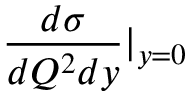
\frac { d \sigma } { d Q ^ { 2 } d y } | _ { y = 0 }